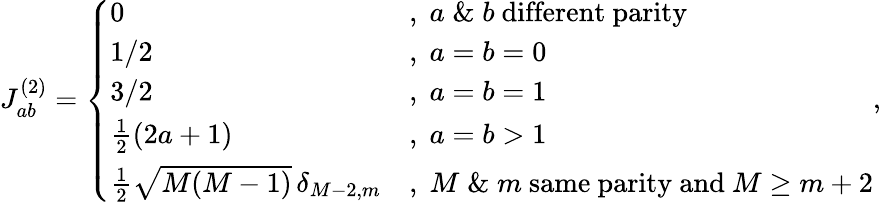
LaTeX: \begin{array}{r}{J_{ab}^{(2)}=\left\{ \begin{array}{ll}{0}&{,\; a\; \& \; b\mathrm{~different~parity}}\\ {1/2}&{,\; a=b=0}\\ {3/2}&{,\; a=b=1}\\ {\frac 12(2a+1)}&{,\; a=b>1}\\ {\frac 12\sqrt{M(M-1)}\, \delta_{M-2,m}}&{,\; M\; \& \; m\mathrm{~same~parity~and~}M\ge m+2}\end{array}\right.,}\end{array}